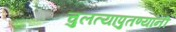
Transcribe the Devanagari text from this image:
चुलत्यापुतण्यांनी